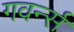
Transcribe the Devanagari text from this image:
गवर्न्स